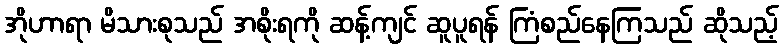
အိုဟာရာ မိသားစုသည် အစိုးရကို ဆန့်ကျင် ဆူပူရန် ကြံစည်နေကြသည် ဆိုသည့်